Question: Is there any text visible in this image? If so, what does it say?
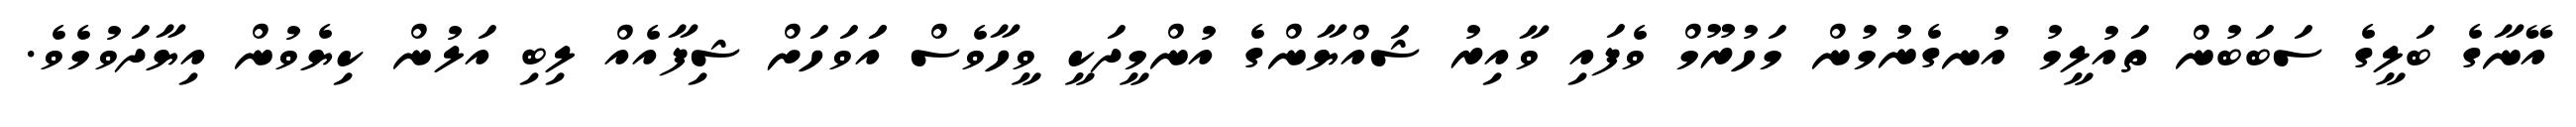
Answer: އޭނާގެ ބަލީގެ ސަބަބުން ތައުލީމު އުނގެނުުމުން މަހުރޫމް ވެފައި ވާއިރު ޝައްޔާންގެ އުންމީދަކީ ވީހާވެސް އަަވަހަށް ޝިފާއެއް ލިބި އަލުން ކިޔެވުން އިޔާދަވުމެވެ.